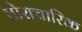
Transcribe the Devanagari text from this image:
घोराचारिक